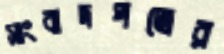
সাংবাদপত্রের